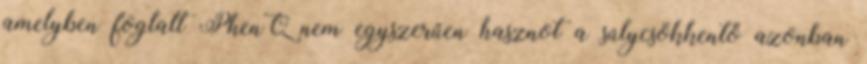
amelyben foglalt PhenQ nem egyszerűen hasznot a súlycsökkentő azonban